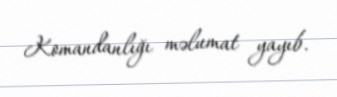
Komandanlığı məlumat yayıb.